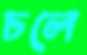
চলে